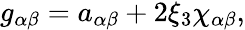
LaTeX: \begin{array}{r}{{g}_{\alpha\beta}={a}_{\alpha\beta}+2\xi_{3}{\chi}_{\alpha\beta},}\end{array}